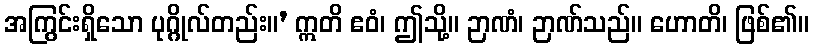
အကြွင်းရှိသော ပုဂ္ဂိုလ်တည်း။’ ဣတိ ဧဝံ၊ ဤသို့။ ဉာဏံ၊ ဉာဏ်သည်။ ဟောတိ၊ ဖြစ်၏။